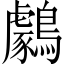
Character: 𪆺